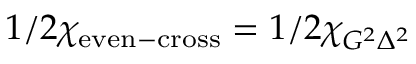
1 / 2 \chi _ { \mathrm { e v e n - c r o s s } } = 1 / 2 \chi _ { G ^ { 2 } \Delta ^ { 2 } }